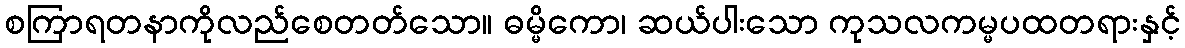
စကြာရတနာကိုလည်စေတတ်သော။ ဓမ္မိကော၊ ဆယ်ပါးသော ကုသလကမ္မပထတရားနှင့်